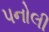
પનોલી